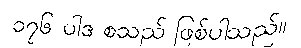
၁၇၆ ပါဒ စသည် ဖြစ်ပါသည်။